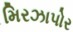
મિરઝાપોર